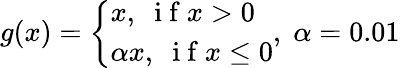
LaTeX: g(x)=\left\{ \begin{array}{ll}{x,\; \mathrm{~i~f~}x>0}\\ {\alpha x,\; \mathrm{~i~f~}x\le 0}\end{array}\right.,\; \alpha=0.01